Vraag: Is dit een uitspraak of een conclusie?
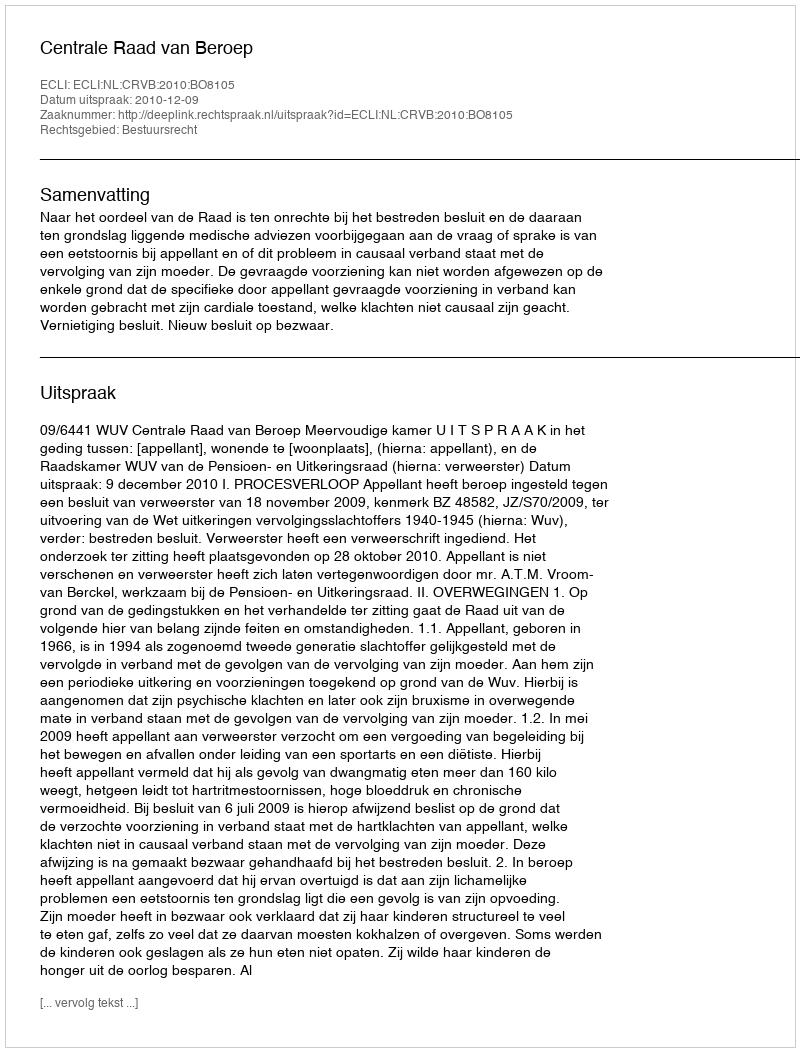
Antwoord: Uitspraak